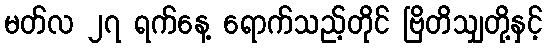
မတ်လ ၂၇ ရက်နေ့ ရောက်သည့်တိုင် ဗြိတိသျှတို့နှင့်